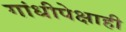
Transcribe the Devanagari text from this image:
गांधीपेक्षाही